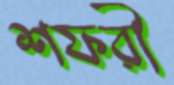
শফরী